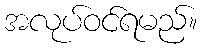
အလုပ်ဝင်ရမည်။